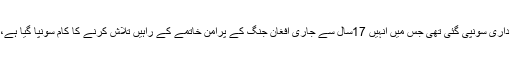
خلیل زاد کو رواں ماہ 4 اکتوبر کو نمائندہ خصوصی کی ذمے داری سونپی گئی تھی جس میں انہیں 17سال سے جاری افغان جنگ کے پرامن خاتمے کے راہیں تلاش کرنے کا کام سونپا گیا ہے، جس کے نتیجے میں امریکا کو 900 ارب ڈالر کا نقصان ہوا۔